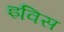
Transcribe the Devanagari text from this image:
इविस